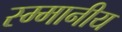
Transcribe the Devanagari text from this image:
स्म्मानीय